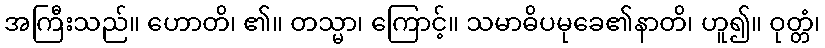
အကြီးသည်။ ဟောတိ၊ ၏။ တသ္မာ၊ ကြောင့်။ သမာဓိပမုခေ၏နာတိ၊ ဟူ၍။ ဝုတ္တံ၊